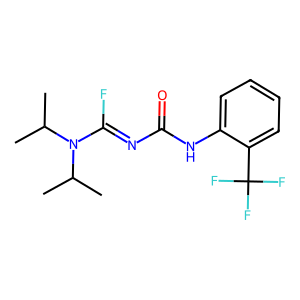
SMILES: CC(C)N(C(F)=NC(=O)Nc1ccccc1C(F)(F)F)C(C)C
Inhibits HIV replication: No